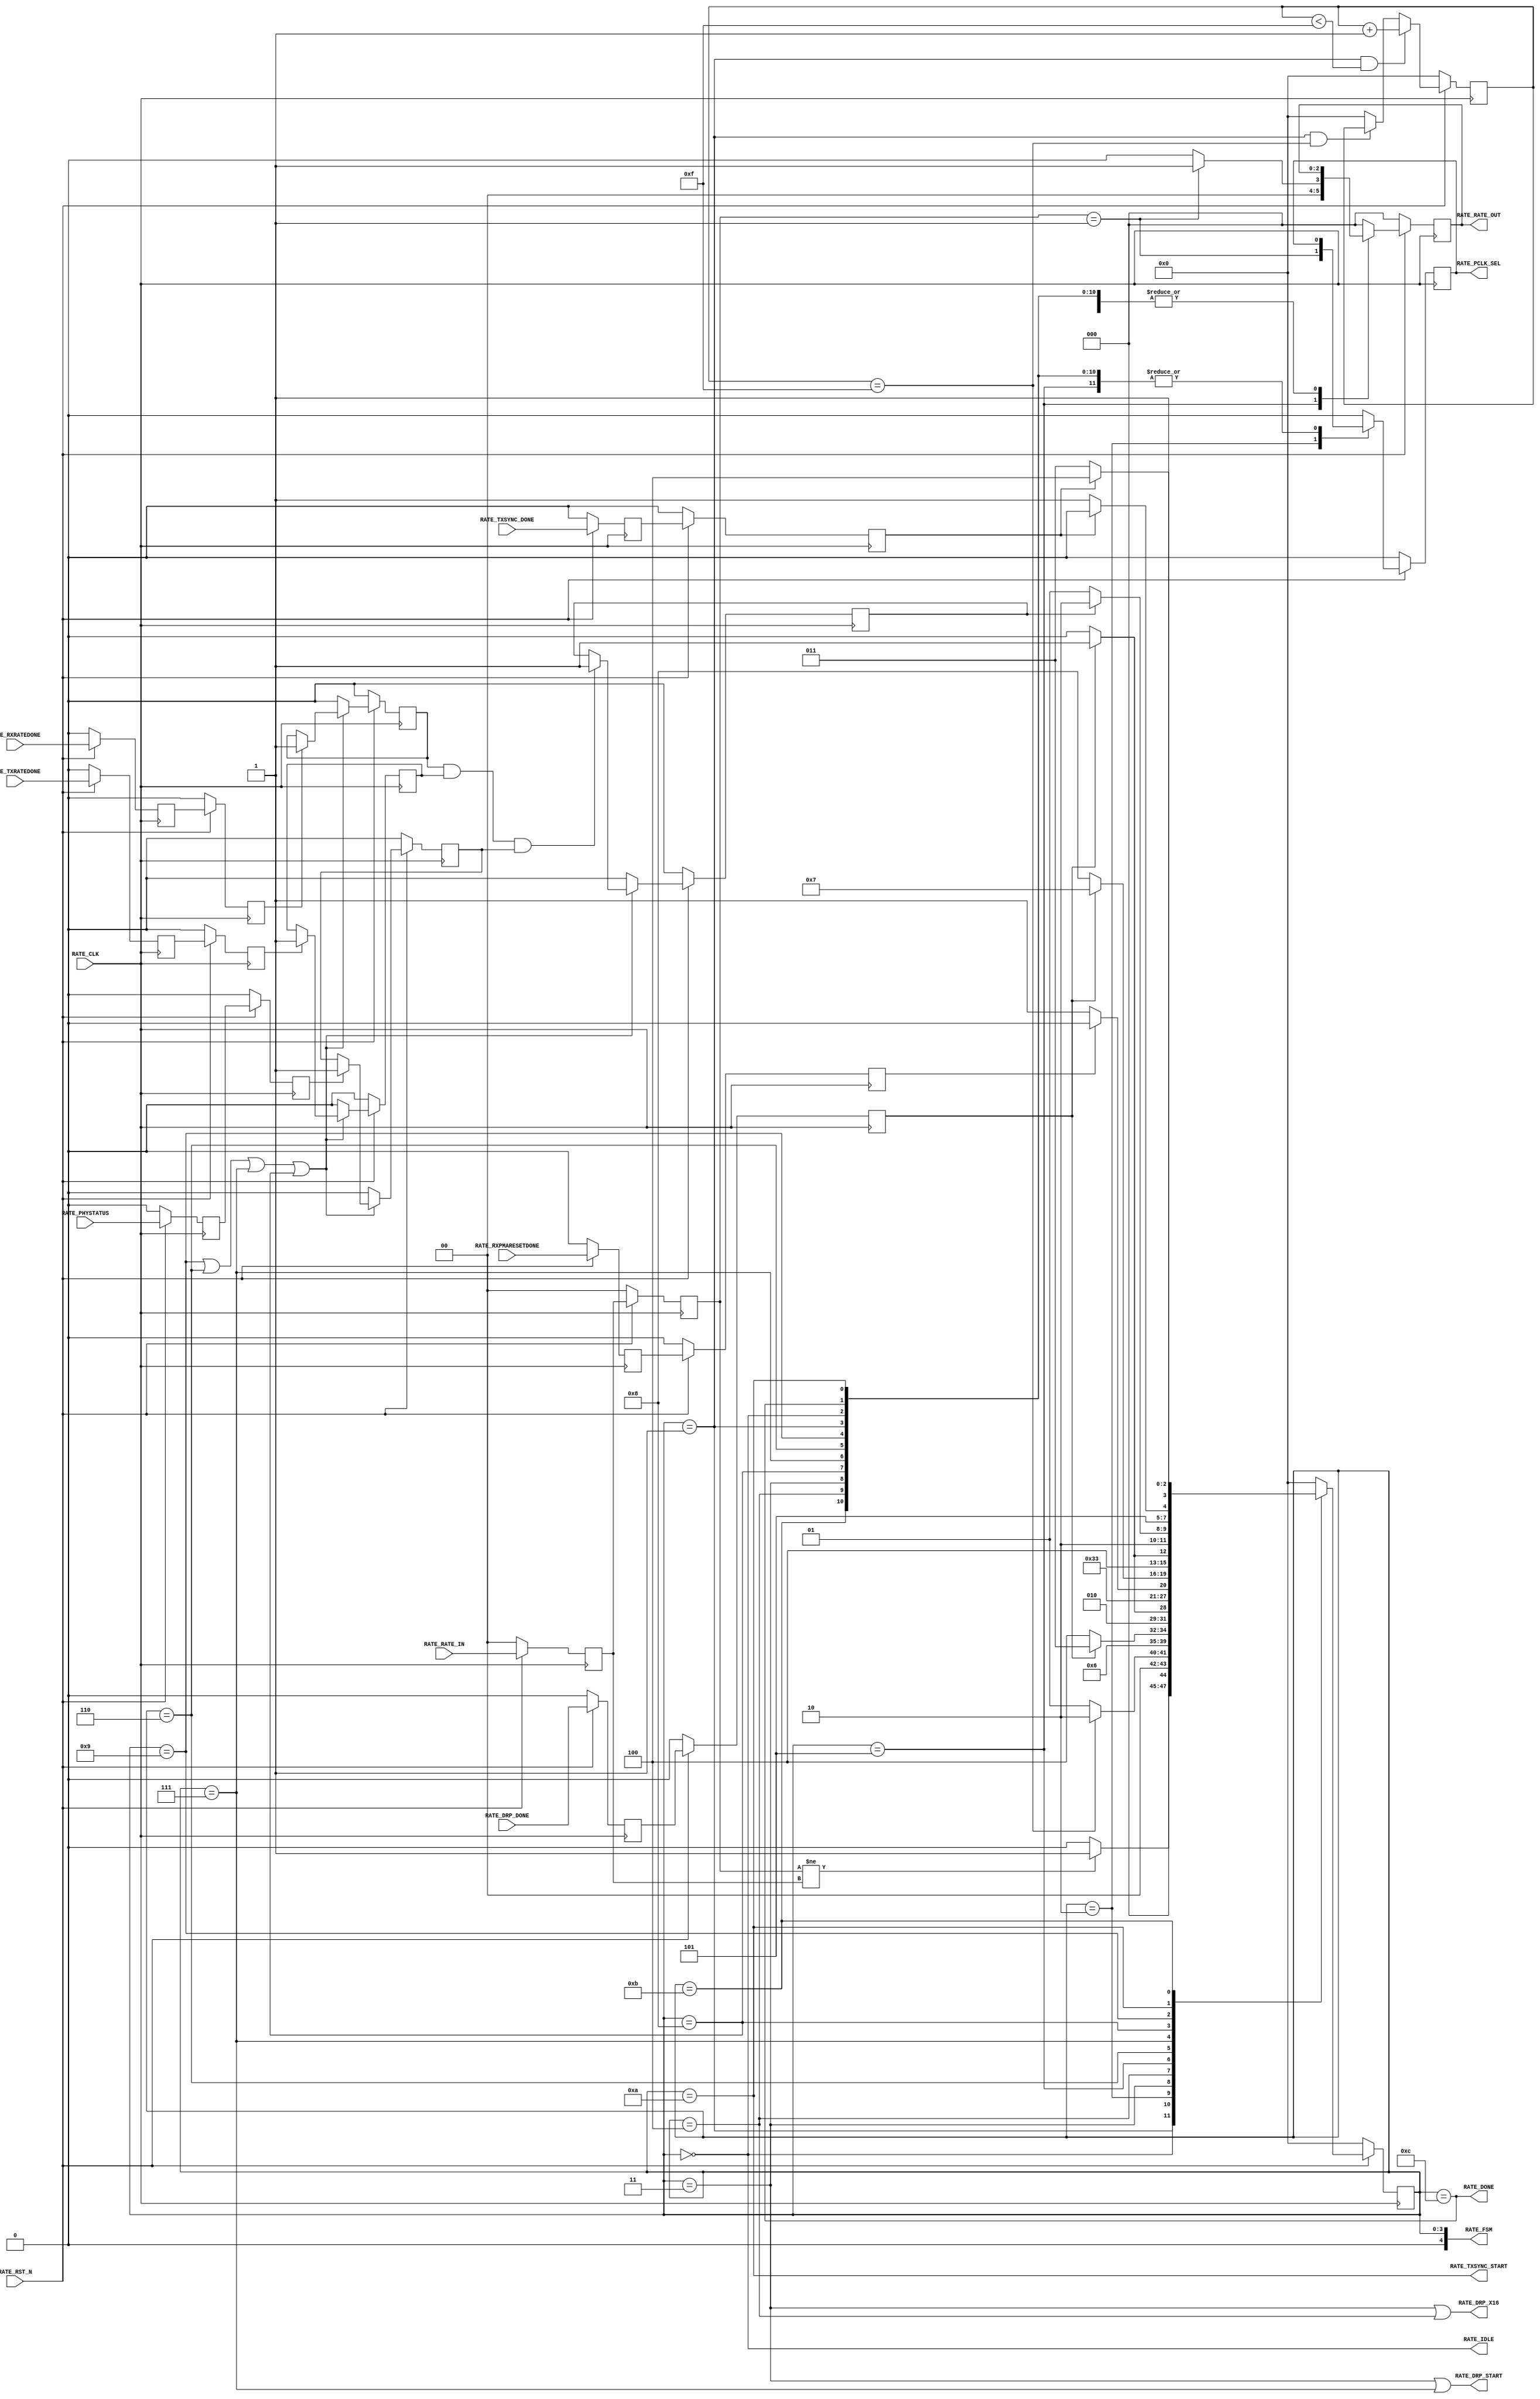
//-----------------------------------------------------------------------------
//
// (c) Copyright 2010-2011 Xilinx, Inc. All rights reserved.
//
// This file contains confidential and proprietary information
// of Xilinx, Inc. and is protected under U.S. and
// international copyright and other intellectual property
// laws.
//
// DISCLAIMER
// This disclaimer is not a license and does not grant any
// rights to the materials distributed herewith. Except as
// otherwise provided in a valid license issued to you by
// Xilinx, and to the maximum extent permitted by applicable
// law: (1) THESE MATERIALS ARE MADE AVAILABLE "AS IS" AND
// WITH ALL FAULTS, AND XILINX HEREBY DISCLAIMS ALL WARRANTIES
// AND CONDITIONS, EXPRESS, IMPLIED, OR STATUTORY, INCLUDING
// BUT NOT LIMITED TO WARRANTIES OF MERCHANTABILITY, NON-
// INFRINGEMENT, OR FITNESS FOR ANY PARTICULAR PURPOSE; and
// (2) Xilinx shall not be liable (whether in contract or tort,
// including negligence, or under any other theory of
// liability) for any loss or damage of any kind or nature
// related to, arising under or in connection with these
// materials, including for any direct, or any indirect,
// special, incidental, or consequential loss or damage
// (including loss of data, profits, goodwill, or any type of
// loss or damage suffered as a result of any action brought
// by a third party) even if such damage or loss was
// reasonably foreseeable or Xilinx had been advised of the
// possibility of the same.
//
// CRITICAL APPLICATIONS
// Xilinx products are not designed or intended to be fail-
// safe, or for use in any application requiring fail-safe
// performance, such as life-support or safety devices or
// systems, Class III medical devices, nuclear facilities,
// applications related to the deployment of airbags, or any
// other applications that could lead to death, personal
// injury, or severe property or environmental damage
// (individually and collectively, "Critical
// Applications"). Customer assumes the sole risk and
// liability of any use of Xilinx products in Critical
// Applications, subject only to applicable laws and
// regulations governing limitations on product liability.
//
// THIS COPYRIGHT NOTICE AND DISCLAIMER MUST BE RETAINED AS
// PART OF THIS FILE AT ALL TIMES.
//
//-----------------------------------------------------------------------------
// Project    : Series-7 Integrated Block for PCI Express
// Version    : 3.3
//------------------------------------------------------------------------------
//  Description  :  PIPE Rate Module for 7 Series Transceiver
//  Version      :  19.0
//------------------------------------------------------------------------------



`timescale 1ns / 1ps



//---------- PIPE Rate Module --------------------------------------------------
(* DowngradeIPIdentifiedWarnings = "yes" *)
module PCIE_XDMA_xdma_0_0_pcie2_ip_gtp_pipe_rate #
(

    parameter PCIE_SIM_SPEEDUP = "FALSE",                   // PCIe sim mode 
    parameter TXDATA_WAIT_MAX  = 4'd15                      // TXDATA wait max

)

(

    //---------- Input -------------------------------------
    input               RATE_CLK,
    input               RATE_RST_N,
    input       [ 1:0]  RATE_RATE_IN,
    input               RATE_DRP_DONE,
    input               RATE_RXPMARESETDONE,
    input               RATE_TXRATEDONE,
    input               RATE_RXRATEDONE,
    input               RATE_TXSYNC_DONE,
    input               RATE_PHYSTATUS,
    
    //---------- Output ------------------------------------
    output              RATE_PCLK_SEL,
    output              RATE_DRP_START,
    output              RATE_DRP_X16,
    output      [ 2:0]  RATE_RATE_OUT,
    output              RATE_TXSYNC_START,
    output              RATE_DONE,
    output              RATE_IDLE,
    output      [ 4:0]  RATE_FSM

);

    //---------- Input FF or Buffer ------------------------
(* ASYNC_REG = "TRUE", SHIFT_EXTRACT = "NO" *)    reg         [ 1:0]  rate_in_reg1;
(* ASYNC_REG = "TRUE", SHIFT_EXTRACT = "NO" *)    reg                 drp_done_reg1;
(* ASYNC_REG = "TRUE", SHIFT_EXTRACT = "NO" *)    reg                 rxpmaresetdone_reg1;
(* ASYNC_REG = "TRUE", SHIFT_EXTRACT = "NO" *)    reg                 txratedone_reg1;
(* ASYNC_REG = "TRUE", SHIFT_EXTRACT = "NO" *)    reg                 rxratedone_reg1;
(* ASYNC_REG = "TRUE", SHIFT_EXTRACT = "NO" *)    reg                 phystatus_reg1;
(* ASYNC_REG = "TRUE", SHIFT_EXTRACT = "NO" *)    reg                 txsync_done_reg1;
    
(* ASYNC_REG = "TRUE", SHIFT_EXTRACT = "NO" *)    reg         [ 1:0]  rate_in_reg2;
(* ASYNC_REG = "TRUE", SHIFT_EXTRACT = "NO" *)    reg                 drp_done_reg2;
(* ASYNC_REG = "TRUE", SHIFT_EXTRACT = "NO" *)    reg                 rxpmaresetdone_reg2;
(* ASYNC_REG = "TRUE", SHIFT_EXTRACT = "NO" *)    reg                 txratedone_reg2;
(* ASYNC_REG = "TRUE", SHIFT_EXTRACT = "NO" *)    reg                 rxratedone_reg2;
(* ASYNC_REG = "TRUE", SHIFT_EXTRACT = "NO" *)    reg                 phystatus_reg2;
(* ASYNC_REG = "TRUE", SHIFT_EXTRACT = "NO" *)    reg                 txsync_done_reg2;
    
    //---------- Internal Signals --------------------------
    wire        [ 2:0]  rate;
    reg         [ 3:0]  txdata_wait_cnt = 4'd0;
    reg                 txratedone      = 1'd0;
    reg                 rxratedone      = 1'd0;
    reg                 phystatus       = 1'd0;
    reg                 ratedone        = 1'd0;
    
    //---------- Output FF or Buffer -----------------------
    reg                 pclk_sel =  1'd0; 
    reg         [ 2:0]  rate_out =  3'd0; 
    reg         [ 3:0]  fsm      =  0;                 
   
    //---------- FSM ---------------------------------------                                         
    localparam          FSM_IDLE           = 0; 
    localparam          FSM_TXDATA_WAIT    = 1;           
    localparam          FSM_PCLK_SEL       = 2; 
    localparam          FSM_DRP_X16_START  = 3;
    localparam          FSM_DRP_X16_DONE   = 4;   
    localparam          FSM_RATE_SEL       = 5;
    localparam          FSM_RXPMARESETDONE = 6; 
    localparam          FSM_DRP_X20_START  = 7;
    localparam          FSM_DRP_X20_DONE   = 8;   
    localparam          FSM_RATE_DONE      = 9;
    localparam          FSM_TXSYNC_START   = 10;
    localparam          FSM_TXSYNC_DONE    = 11;             
    localparam          FSM_DONE           = 12; // Must sync value to pipe_user.v
    
//---------- Input FF ----------------------------------------------------------
always @ (posedge RATE_CLK)
begin

    if (!RATE_RST_N)
        begin    
        //---------- 1st Stage FF -------------------------- 
        rate_in_reg1        <= 2'd0;
        drp_done_reg1       <= 1'd0;
        rxpmaresetdone_reg1 <= 1'd0;
        txratedone_reg1     <= 1'd0;
        rxratedone_reg1     <= 1'd0;
        phystatus_reg1      <= 1'd0;
        txsync_done_reg1    <= 1'd0;
        //---------- 2nd Stage FF --------------------------
        rate_in_reg2        <= 2'd0;
        drp_done_reg2       <= 1'd0;
        rxpmaresetdone_reg2 <= 1'd0;
        txratedone_reg2     <= 1'd0;
        rxratedone_reg2     <= 1'd0;
        phystatus_reg2      <= 1'd0;
        txsync_done_reg2    <= 1'd0;
        end
    else
        begin  
        //---------- 1st Stage FF --------------------------
        rate_in_reg1        <= RATE_RATE_IN;
        drp_done_reg1       <= RATE_DRP_DONE;
        rxpmaresetdone_reg1 <= RATE_RXPMARESETDONE;
        txratedone_reg1     <= RATE_TXRATEDONE;
        rxratedone_reg1     <= RATE_RXRATEDONE;
        phystatus_reg1      <= RATE_PHYSTATUS;
        txsync_done_reg1    <= RATE_TXSYNC_DONE;
        //---------- 2nd Stage FF --------------------------
        rate_in_reg2        <= rate_in_reg1;
        drp_done_reg2       <= drp_done_reg1;
        rxpmaresetdone_reg2 <= rxpmaresetdone_reg1;
        txratedone_reg2     <= txratedone_reg1;
        rxratedone_reg2     <= rxratedone_reg1;
        phystatus_reg2      <= phystatus_reg1;
        txsync_done_reg2    <= txsync_done_reg1;   
        end
        
end    



//---------- Select Rate -------------------------------------------------------
//  Gen1 :  div 2 using [TX/RX]OUT_DIV = 2
//  Gen2 :  div 1 using [TX/RX]RATE = 3'd1
//------------------------------------------------------------------------------
assign rate = (rate_in_reg2 == 2'd1) ? 3'd1 : 3'd0;



//---------- TXDATA Wait Counter -----------------------------------------------
always @ (posedge RATE_CLK)
begin

    if (!RATE_RST_N)
        txdata_wait_cnt <= 4'd0;
    else
    
        //---------- Increment Wait Counter ----------------
        if ((fsm == FSM_TXDATA_WAIT) && (txdata_wait_cnt < TXDATA_WAIT_MAX))
            txdata_wait_cnt <= txdata_wait_cnt + 4'd1;
            
        //---------- Hold Wait Counter ---------------------
        else if ((fsm == FSM_TXDATA_WAIT) && (txdata_wait_cnt == TXDATA_WAIT_MAX))
            txdata_wait_cnt <= txdata_wait_cnt;
            
        //---------- Reset Wait Counter --------------------
        else
            txdata_wait_cnt <= 4'd0;
        
end 



//---------- Latch TXRATEDONE, RXRATEDONE, and PHYSTATUS -----------------------
always @ (posedge RATE_CLK)
begin

    if (!RATE_RST_N)
        begin   
        txratedone <= 1'd0;
        rxratedone <= 1'd0; 
        phystatus  <= 1'd0;
        ratedone   <= 1'd0;
        end
    else
        begin  

        if ((fsm == FSM_RATE_DONE) || (fsm == FSM_RXPMARESETDONE) || (fsm == FSM_DRP_X20_START) || (fsm == FSM_DRP_X20_DONE))
        
            begin
            
            //---------- Latch TXRATEDONE ------------------
            if (txratedone_reg2)
                txratedone <= 1'd1; 
            else
                txratedone <= txratedone;
 
            //---------- Latch RXRATEDONE ------------------
            if (rxratedone_reg2)
                rxratedone <= 1'd1; 
            else
                rxratedone <= rxratedone;
  
            //---------- Latch PHYSTATUS -------------------
            if (phystatus_reg2)
                phystatus <= 1'd1; 
            else
                phystatus <= phystatus;
  
            //---------- Latch Rate Done -------------------
            if (rxratedone && txratedone && phystatus)
                ratedone <= 1'd1; 
            else
                ratedone <= ratedone;
  
            end
  
        else 
        
            begin
            txratedone <= 1'd0;
            rxratedone <= 1'd0;
            phystatus  <= 1'd0;
            ratedone   <= 1'd0;
            end
        
        end
        
end    



//---------- PIPE Rate FSM -----------------------------------------------------
always @ (posedge RATE_CLK)
begin

    if (!RATE_RST_N)
        begin
        fsm      <= FSM_IDLE;
        pclk_sel <= 1'd0; 
        rate_out <= 3'd0;                              
        end
    else
        begin
        
        case (fsm)
            
        //---------- Idle State ----------------------------
        FSM_IDLE :
        
            begin
            //---------- Detect Rate Change ----------------
            if (rate_in_reg2 != rate_in_reg1)
                begin
                fsm      <= FSM_TXDATA_WAIT;
                pclk_sel <= pclk_sel;
                rate_out <= rate_out;
                end
            else
                begin
                fsm      <= FSM_IDLE;
                pclk_sel <= pclk_sel;
                rate_out <= rate_out;
                end
            end 
            
        //---------- Wait for TXDATA to TX[P/N] Latency ----    
        FSM_TXDATA_WAIT :
        
            begin
            fsm      <= (txdata_wait_cnt == TXDATA_WAIT_MAX) ? FSM_PCLK_SEL : FSM_TXDATA_WAIT;
            pclk_sel <= pclk_sel;
            rate_out <= rate_out;
            end 

        //---------- Select PCLK Frequency -----------------
        //  Gen1 : PCLK = 125 MHz
        //  Gen2 : PCLK = 250 MHz
        //--------------------------------------------------
        FSM_PCLK_SEL :
        
            begin
            fsm      <= (PCIE_SIM_SPEEDUP == "TRUE") ? FSM_RATE_SEL : FSM_DRP_X16_START;    
            pclk_sel <= (rate_in_reg2 == 2'd1);
            rate_out <= rate_out;
            end
            
        //---------- Start DRP x16 -------------------------
        FSM_DRP_X16_START :
            
            begin
            fsm      <= (!drp_done_reg2) ? FSM_DRP_X16_DONE : FSM_DRP_X16_START;
            pclk_sel <= pclk_sel;
            rate_out <= rate_out;
            end
            
        //---------- Wait for DRP x16 Done -----------------    
        FSM_DRP_X16_DONE :
        
            begin  
            fsm      <= drp_done_reg2 ? FSM_RATE_SEL : FSM_DRP_X16_DONE;
            pclk_sel <= pclk_sel;
            rate_out <= rate_out;
            end      

        //---------- Select Rate ---------------------------
        FSM_RATE_SEL :
        
            begin
            fsm      <= (PCIE_SIM_SPEEDUP == "TRUE") ? FSM_RATE_DONE : FSM_RXPMARESETDONE;
            pclk_sel <= pclk_sel;
            rate_out <= rate;                               // Update [TX/RX]RATE
            end    
            
        //---------- Wait for RXPMARESETDONE De-assertion --
        FSM_RXPMARESETDONE :
        
            begin
            fsm      <= (!rxpmaresetdone_reg2) ? FSM_DRP_X20_START : FSM_RXPMARESETDONE;  
            pclk_sel <= pclk_sel;
            rate_out <= rate_out;
            end  
            
        //---------- Start DRP x20 -------------------------
        FSM_DRP_X20_START :
            
            begin
            fsm      <= (!drp_done_reg2) ? FSM_DRP_X20_DONE : FSM_DRP_X20_START;
            pclk_sel <= pclk_sel;
            rate_out <= rate_out;
            end
            
        //---------- Wait for DRP x20 Done -----------------    
        FSM_DRP_X20_DONE :
        
            begin  
            fsm      <= drp_done_reg2 ? FSM_RATE_DONE : FSM_DRP_X20_DONE;
            pclk_sel <= pclk_sel;
            rate_out <= rate_out;
            end      
            
        //---------- Wait for Rate Change Done ------------- 
        FSM_RATE_DONE :
        
            begin
            if (ratedone) 
                fsm <= FSM_TXSYNC_START;
            else      
                fsm <= FSM_RATE_DONE;
            
            pclk_sel <= pclk_sel;
            rate_out <= rate_out;
            end      
            
        //---------- Start TX Sync -------------------------
        FSM_TXSYNC_START:
        
            begin
            fsm      <= (!txsync_done_reg2 ? FSM_TXSYNC_DONE : FSM_TXSYNC_START);
            pclk_sel <= pclk_sel;
            rate_out <= rate_out;
            end
            
        //---------- Wait for TX Sync Done -----------------
        FSM_TXSYNC_DONE:
        
            begin
            fsm      <= (txsync_done_reg2 ? FSM_DONE : FSM_TXSYNC_DONE);
            pclk_sel <= pclk_sel;
            rate_out <= rate_out;
            end        

        //---------- Rate Change Done ----------------------
        FSM_DONE :  
          
            begin  
            fsm      <= FSM_IDLE;
            pclk_sel <= pclk_sel;
            rate_out <= rate_out;
            end
               
        //---------- Default State -------------------------
        default :
        
            begin
            fsm      <= FSM_IDLE;
            pclk_sel <= 1'd0; 
            rate_out <= 3'd0;  
            end

        endcase
        
        end
        
end 



//---------- PIPE Rate Output --------------------------------------------------
assign RATE_PCLK_SEL     = pclk_sel;
assign RATE_DRP_START    = (fsm == FSM_DRP_X16_START) || (fsm == FSM_DRP_X20_START); 
assign RATE_DRP_X16      = (fsm == FSM_DRP_X16_START) || (fsm == FSM_DRP_X16_DONE);
assign RATE_RATE_OUT     = rate_out;
assign RATE_TXSYNC_START = (fsm == FSM_TXSYNC_START);
assign RATE_DONE         = (fsm == FSM_DONE);
assign RATE_IDLE         = (fsm == FSM_IDLE);
assign RATE_FSM          = {1'd0, fsm};   



endmodule